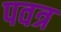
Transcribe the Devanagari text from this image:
पवत्र